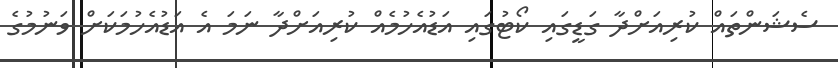
ސެޝަންތައް ކުރިއަށްދާ ގަޑީގައި ކޯޓުގައި އަޑުއެހުމެއް ކުރިއަށްދާ ނަމަ އެ އަޑުއެހުމަކަށް ވަނުމުގެ